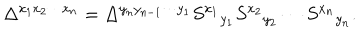
\Delta ^ { x _ { 1 } x _ { 2 } \cdots x _ { n } } = \Delta ^ { y _ { n } y _ { n - 1 } \cdots y _ { 1 } } S ^ { x _ { 1 } } { } _ { y _ { 1 } } S ^ { x _ { 2 } } { } _ { y _ { 2 } } \cdots S ^ { x _ { n } } { } _ { y _ { n } } .